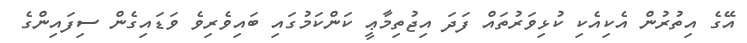
އޭގެ އިތުރުން އެކިއެކި ކުޅިވަރުތައް ފަދަ އިޖުތިމާޢީ ކަންކަމުގައި ބައިވެރިވެ ވަޑައިގެން ސިފައިންގެ